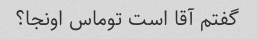
گفتم آقا است توماس اونجا؟